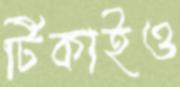
টিকাইও